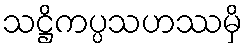
သဋ္ဌိကပ္ပသဟဿမှိ